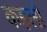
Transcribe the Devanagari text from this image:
कहलॊ